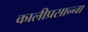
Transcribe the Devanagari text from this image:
कालीप्रसान्ना